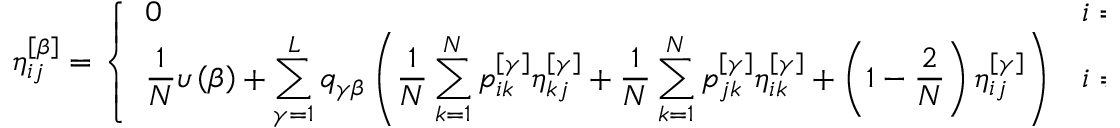
\eta _ { i j } ^ { \left[ \beta \right] } = \left\{ \begin{array} { l l } { \displaystyle 0 } & { \displaystyle i = j , } \\ { \displaystyle \frac { 1 } { N } \upsilon \left( \beta \right) + \sum _ { \gamma = 1 } ^ { L } q _ { \gamma \beta } \left( \frac { 1 } { N } \sum _ { k = 1 } ^ { N } p _ { i k } ^ { \left[ \gamma \right] } \eta _ { k j } ^ { \left[ \gamma \right] } + \frac { 1 } { N } \sum _ { k = 1 } ^ { N } p _ { j k } ^ { \left[ \gamma \right] } \eta _ { i k } ^ { \left[ \gamma \right] } + \left( 1 - \frac { 2 } { N } \right) \eta _ { i j } ^ { \left[ \gamma \right] } \right) } & { \displaystyle i \neq j . } \end{array} \right.